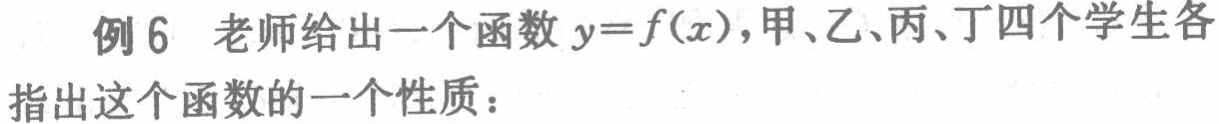
例6 老师给出一个函数 \(y = f(x)\)，甲、乙、丙、丁四个学生各指出这个函数的一个性质：